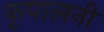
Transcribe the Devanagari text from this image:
कृपालनी